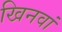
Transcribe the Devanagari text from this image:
खिनवां